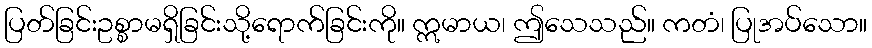
ပြတ်ခြင်းဥစ္စာမရှိခြင်းသို့ရောက်ခြင်းကို။ ဣမာယ၊ ဤသေသည်။ ကတံ၊ ပြုအပ်သော။